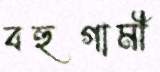
বহুগামী